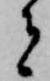
者